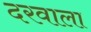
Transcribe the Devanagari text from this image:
दरवाला